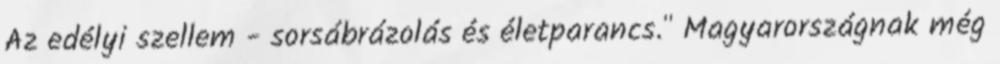
Az edélyi szellem - sorsábrázolás és életparancs." Magyarországnak még